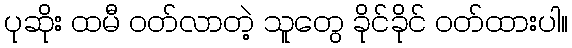
ပုဆိုး ထမီ ဝတ်လာတဲ့ သူတွေ ခိုင်ခိုင် ဝတ်ထားပါ။